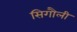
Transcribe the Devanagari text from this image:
सिगौली